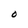
Character: O